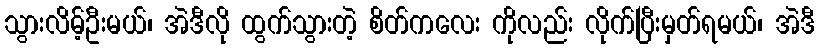
သွားလိမ့်ဦးမယ်၊ အဲဒီလို ထွက်သွားတဲ့ စိတ်ကလေး ကိုလည်း လိုက်ပြီးမှတ်ရမယ်၊ အဲဒီ